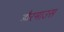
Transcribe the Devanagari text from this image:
डौरमाउस